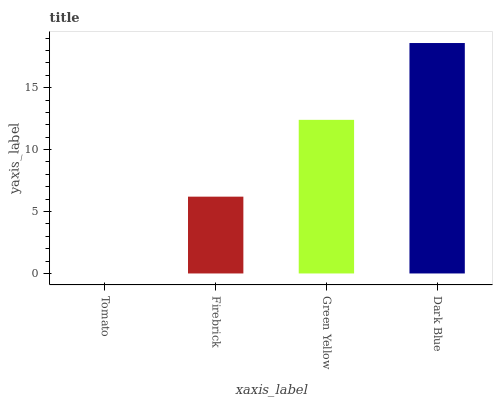
| xaxis_label | bars |
 | --- | --- |
 | Tomato | 0 |
 | Firebrick | 6.2 |
 | Green Yellow | 12.4 |
 | Dark Blue | 18.6 |